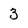
Character: 3